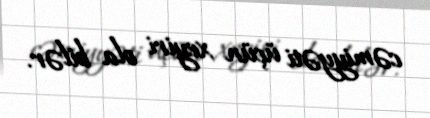
cəmiyyəti üçün xeyiri ola bilər.